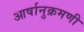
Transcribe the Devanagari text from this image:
आर्षानुक्रमणी